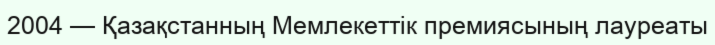
2004 — Қазақстанның Мемлекеттік премиясының лауреаты